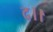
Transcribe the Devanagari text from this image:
द।।